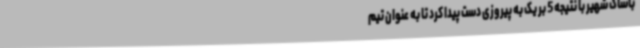
باشاک شهیر با نتیجه 5 بر یک به پیروزی دست پیدا کرد تا به عنوان تیم